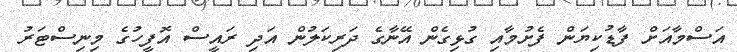
އަސްމާއަށް ފާޑުކިޔަން ފެށުމާއި ގުޅިގެން އޭނާގެ ދަރިކަލުން އަދި ރައީސް އޮފީހުގެ މިނިސްޓަރު